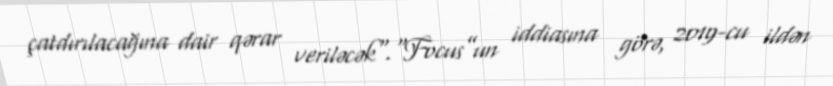
çatdırılacağına dair qərar veriləcək".“Focus”un iddiasına görə, 2019-cu ildən